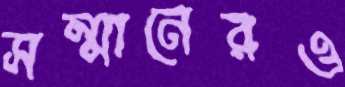
সম্মানেরও